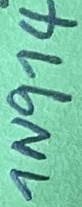
Text: 1N974